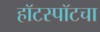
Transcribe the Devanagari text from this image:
हॉटस्पॉटचा